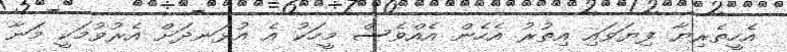
އެހީތެރިޔާ ފިޔަވައި އިތުރު އެހެން އެއްވެސް މީހަކު އެ އުޅަނދަށް އެރުވުމަކީ މަނާ